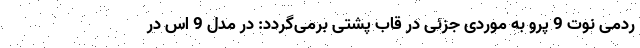
ردمی نوت 9 پرو به موردی جزئی در قاب پشتی برمی‌گردد: در مدل 9 اس در